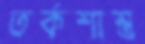
তর্কশাস্ত্র